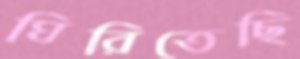
ঘিরিতেছি